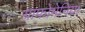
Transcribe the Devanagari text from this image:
ग्राफोमेनिया